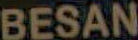
BESAN